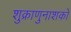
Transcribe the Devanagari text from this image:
शुक्राणुनाशको